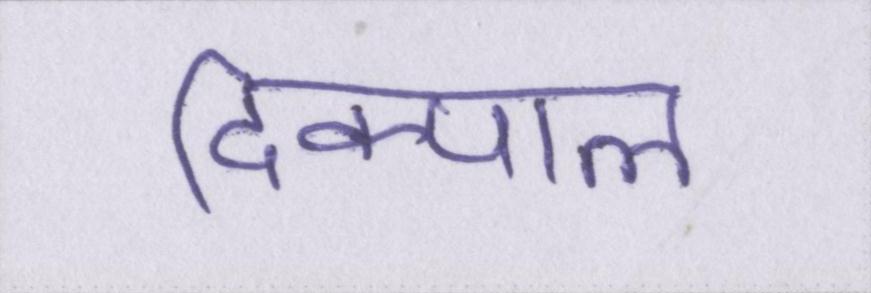
दिक्पाल